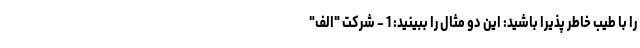
را با طیب خاطر پذیرا باشید: این دو مثال را ببینید: 1 - شرکت "الف"